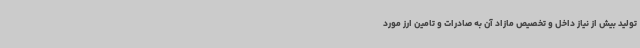
تولید بیش از نیاز داخل و تخصیص مازاد آن به صادرات و تامین ارز مورد